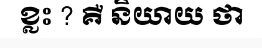
ខ្លះ ? គឺ និយាយ ថា